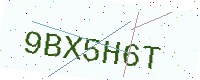
Text: 9BX5H6T